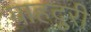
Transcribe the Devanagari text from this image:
बाहदुरी